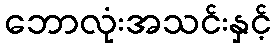
ဘောလုံးအသင်းနှင့်